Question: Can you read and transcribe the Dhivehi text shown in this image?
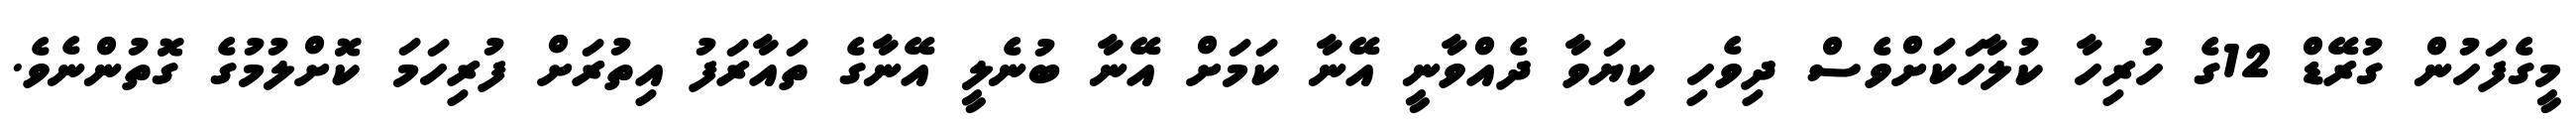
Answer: މީގެފަހުން ގުރޭޑް 12ގެ ހުރިހާ ކުލާހަކަށްވެސް ދިވެހި ކިޔަވާ ދެއްވާނީ އޭނާ ކަމަށް އޭނާ ބުނެލީ އޭނާގެ ތައާރަފު އިތުރަށް ފުރިހަމަ ކޮށްލުމުގެ ގޮތުންނެވެ.